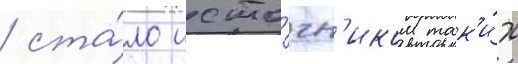
/ ста́ло исто́чн'иком так'и́х